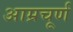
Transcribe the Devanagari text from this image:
आम्रचूर्ण